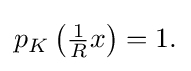
{\textstyle p_{K}\left({\tfrac {1}{R}}x\right)=1.}